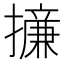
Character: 𢶧